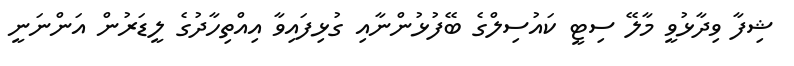
ޝިފާ ވިދާޅުވީ މާލޭ ސިޓީ ކައުސިލްގެ ބޭފުޅުންނާއި ގުޅިފައިވާ އިއްތިހާދުގެ ލީޑަރުން އަންނަނީ